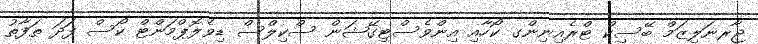
ޖާރނަލިޒަމް ބޭސިކް ޓްރެއިނިންގ ކޯހާއި އިންވެސްޓިގޭޝަން ސްކިލްސް ޑިވެލޮޕްމަންޓް ކޯސް ފަދަ ތަފާތު